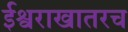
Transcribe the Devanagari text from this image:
ईश्वराखातरच